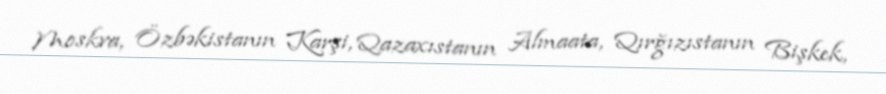
Moskva, Özbəkistanın Karşi, Qazaxıstanın Almaata, Qırğızıstanın Bişkek,